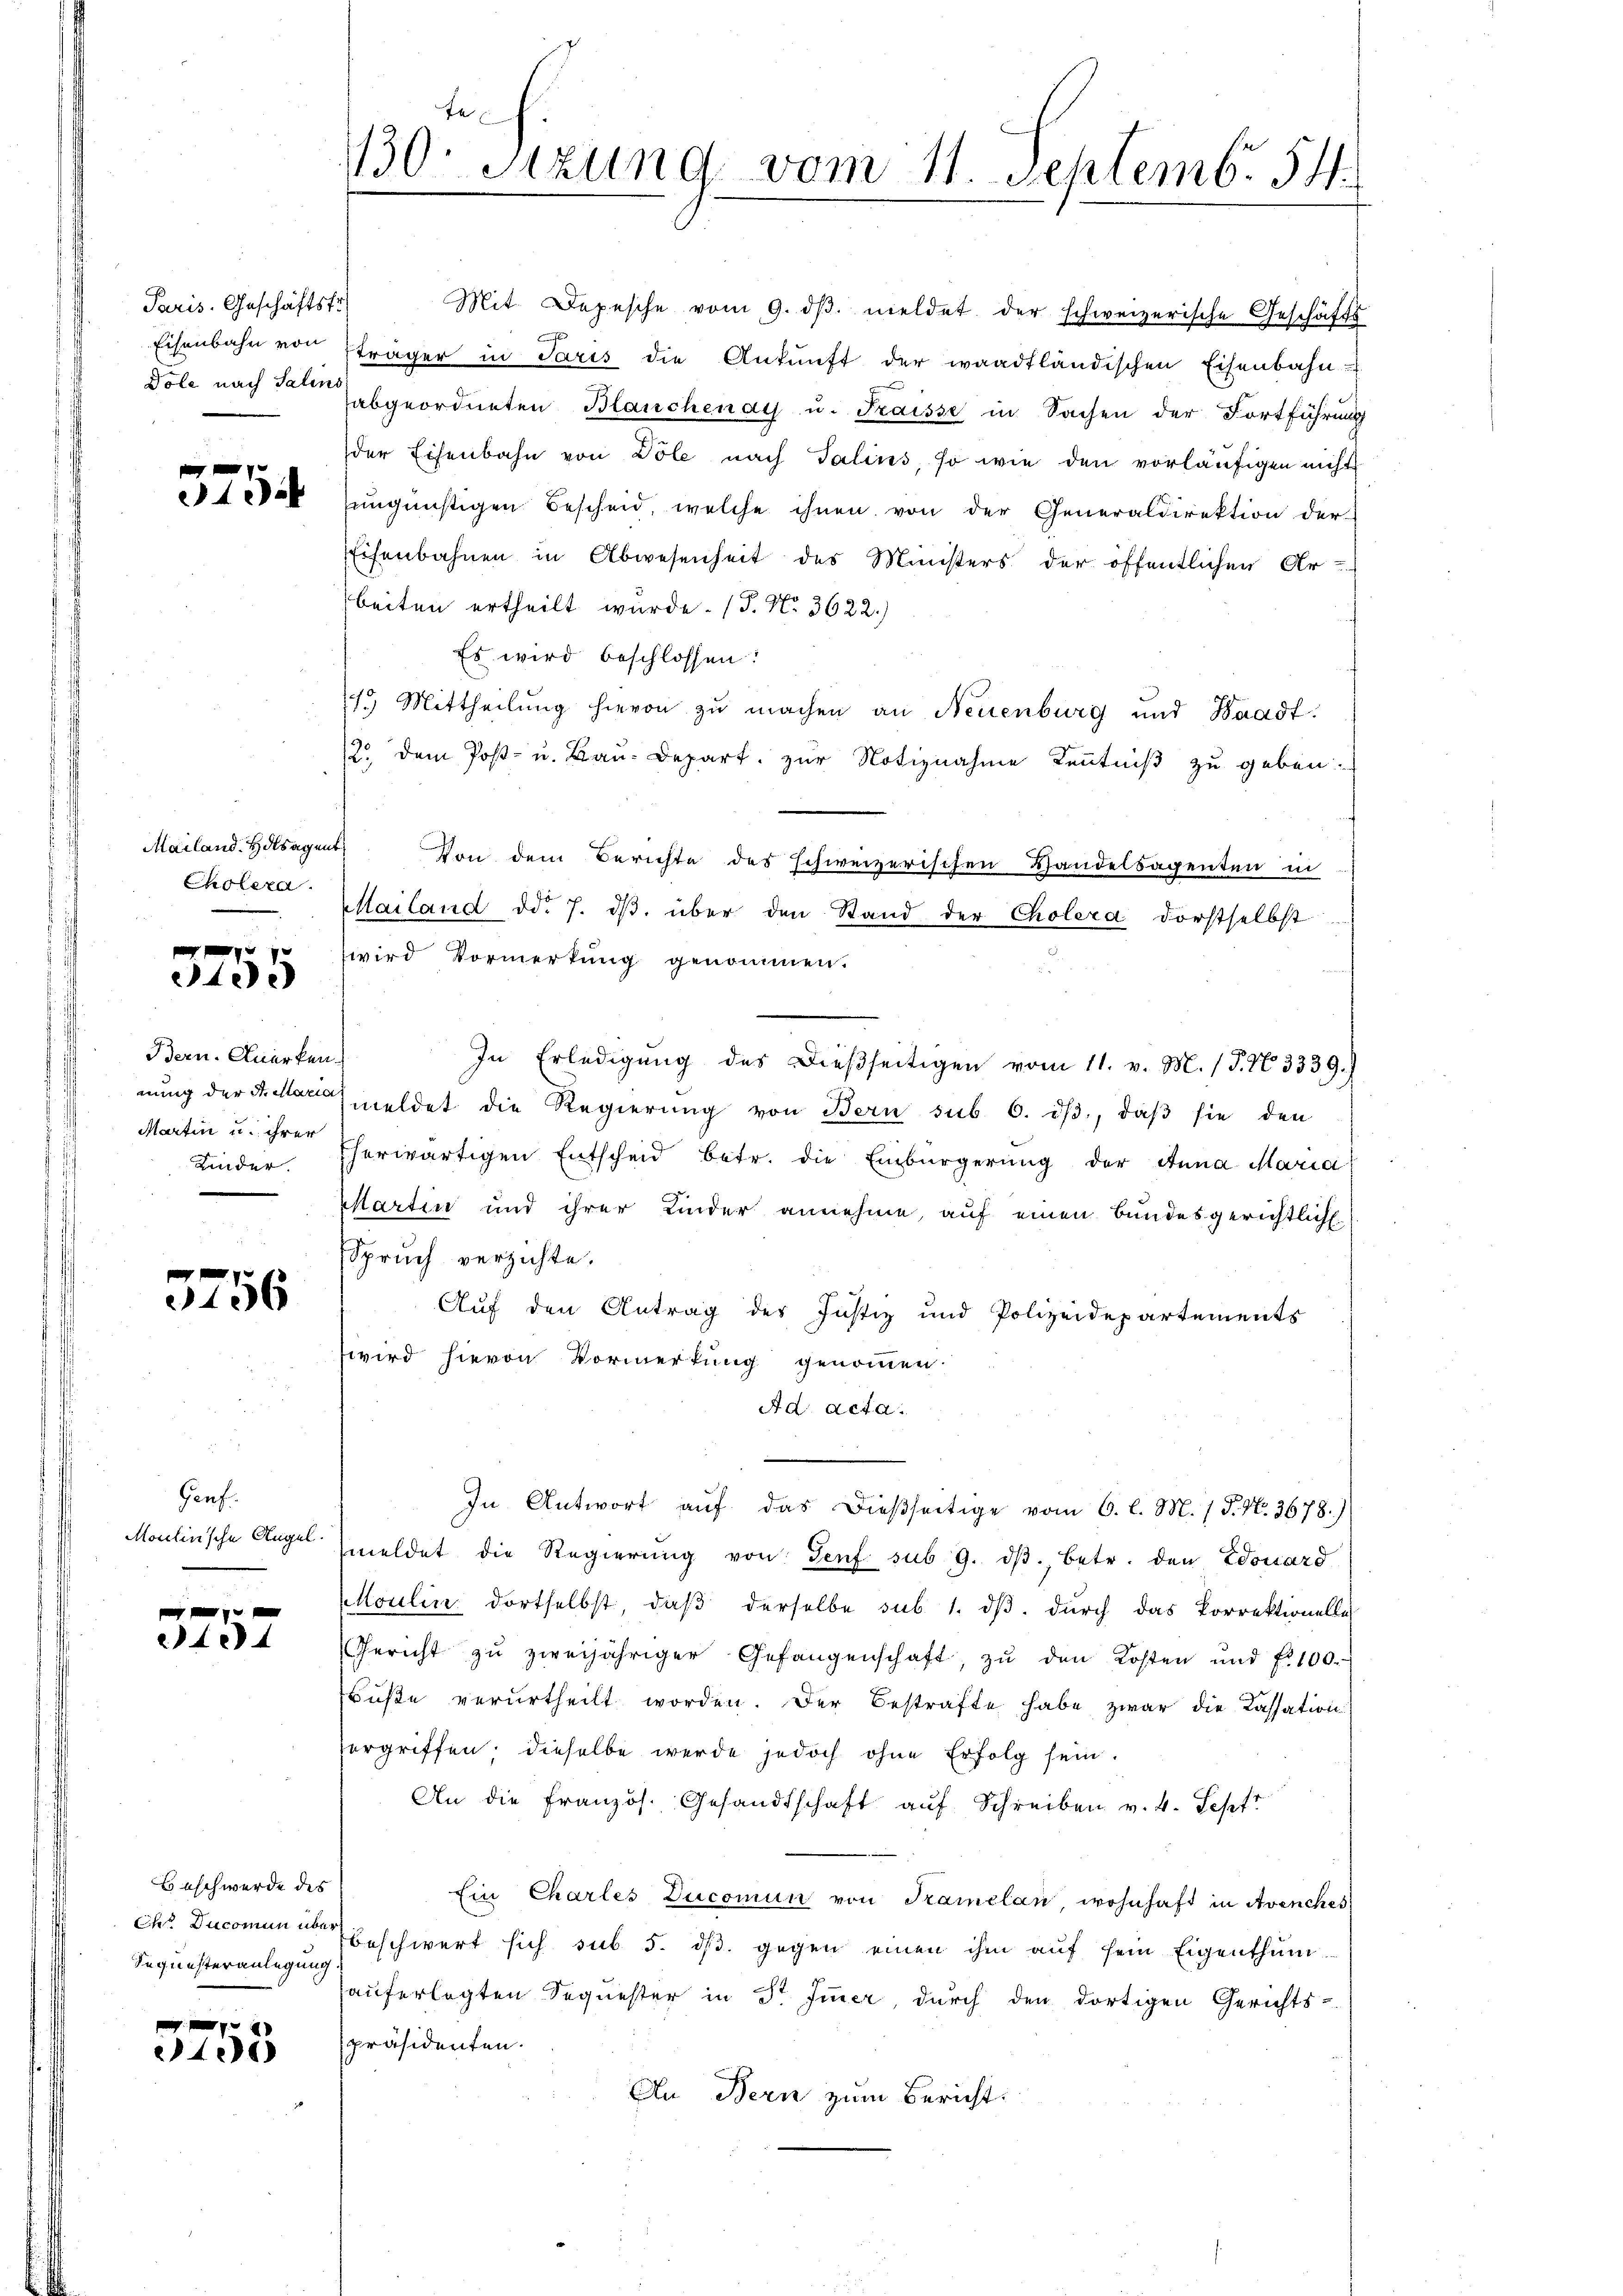
Paris. Geschäftsfr.
Pole nach Salins

9
34

Mailand. Hdlsage
Cholera.

xx
240.

Bern. Anerken.
Martin u. ihrer
Kinder.

3756

Genf.

240

Beschwerde des
O Ducomun über
Sequesteranlegung

f 0 x
40

Eisenbahn von träger in Paris die Ankunft der waadtländischen Eisenbahn-
abgeordneten Blanchenau u. Fraisse in Sachen der Fortführung
der Eisenbahn von Völe nach Talins, so wie den vorläufigen nicht
Engünstigen Bescheid, welche ihnen von der Generaldirektion der
Eisenbahnen in Abwesenheit des Ministers der öffentlichen Ar-
beiten ertheilt wurde. (T. N. 3622.)
Es wird beschlossen:
1.) Mittheilung hievon zu machen an Neuenburg und Waadt.
12. dem Post- u. Bau-Depart. zur Notiznahme Kenntniß zu geben.
ent. Von dem Berichte des schweizerischen Handelsagenten in
Mailand dd. 7. dβ über den Stand der Cholera dortselbst
wird Vormerkung genommen.
In Erledigŭng des dießseitigen vom 11. v. M. (T. No 3339.)
nung der Formeldet die Regierŭng von Bern sub 6. dβ, daβ sie den
herwärtigen Entscheid betr. die Einbürgerung der Anna Maria
Martin und ihrer Kinder annehme, auf einen Bundesgerichtlich
Spruch verzichte.
Auf den Antrag des Justiz und Polizeidepartements
wird hievon Vormerkung genommen.
Ad Acta.
In Antwort auf das dießseitige vom 6. l. M. / P. N. 3678.)
Moulinische Angel meldet die Regierŭng von Senf sub 9. dβ betr. den Edouard
Moulin dortselbst, daβ derselbe sub 1. dβ. durch das Porrektionelle
(Gericht zu zweijähriger Gefangenschaft, zu den Kosten und fl 100.
Buße verurtheilt worden. Der Bestrafte habe zwar die Cassation
ergriffen; dieselbe werde jedoch ohne Erfolg sein.
An die französ. Gesandtschaft auf Schreiben v. 4. Sept
Ein Charles Ducomun von Tramelan wohnhaft in Avenches
beschwert sich sub 5. dβ. gegen einen ihm aŭf sein Eigenthum
hauferlegten Sequester in Dr. Fier, durch den dortigen Gerichts-
präsidenten.
An Bern zum Bericht:

130. Sitzung vom 11. Septemb. 54.

Mit Depesche vom 9. dβ. meldet der schweizerische Geschäfts